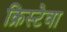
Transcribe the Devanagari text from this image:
क्रिस्टेवा